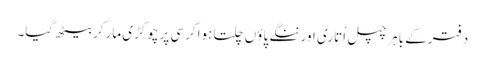
دفترکے باہرچپل اُتاری اورننگے پاؤں چلتا ہوا کرسی پرچوکڑی مارکربیٹھ گیا۔